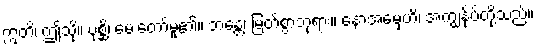
ဣတိ၊ ဤသို့။ ပုစ္ဆိ၊ မေးတော်မူ၏။ ဘန္တေ၊ မြတ်စွာဘုရား။ နောအမှေဟိ၊ အကျွန်ုပ်တို့သည်။